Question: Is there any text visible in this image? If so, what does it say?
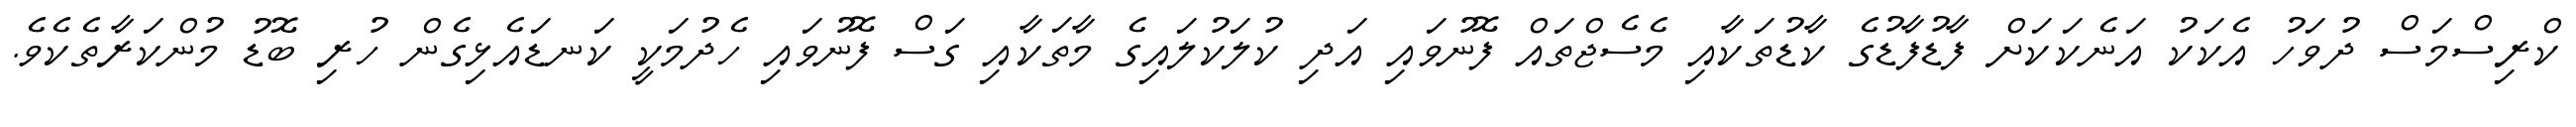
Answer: ކްރިސްމަސް ދުވަހު އެކަކު އަނެކަކަށް ފާޑުފާޑުގެ ކާޑުތަކާއި މެސެޖްތައް ފޮނުވައި އަދި ކުލަކުލައިގެ މާތަކާއި ގަސް ފޮނުވައި ހެދުމަކީ ކަނޑައެޅިގެން ހުރި ބޮޑު މުންކަރާތެކެވެ.